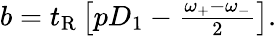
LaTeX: \begin{array}{r}{b=t_{\mathrm{R}}\left[pD_{1}-\frac{\omega_{+}-\omega_{-}}{2}\right].}\end{array}